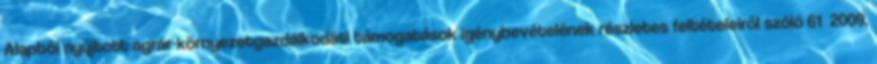
Alapból nyújtott agrár-környezetgazdálkodási támogatások igénybevételének részletes feltételeiről szóló 61 2009.